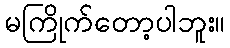
မကြိုက်တော့ပါဘူး။